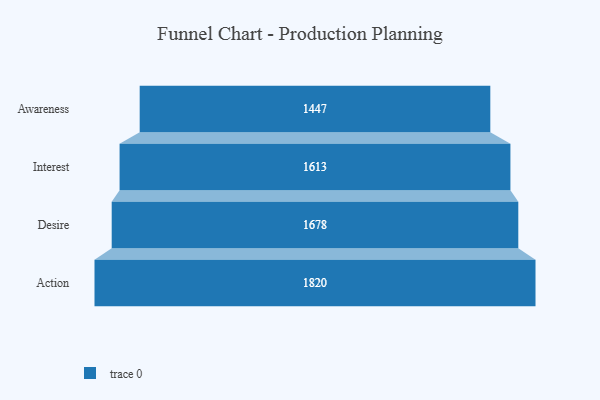
{"axis": {"x": "Stage", "y": "Value"}, "legend": [""], "data": [{"x": "Awareness", "y": 1447.0, "type": ""}, {"x": "Interest", "y": 1613.0, "type": ""}, {"x": "Desire", "y": 1678.0, "type": ""}, {"x": "Action", "y": 1820.0, "type": ""}]}